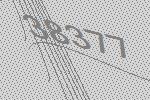
38377